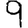
Digit: 9